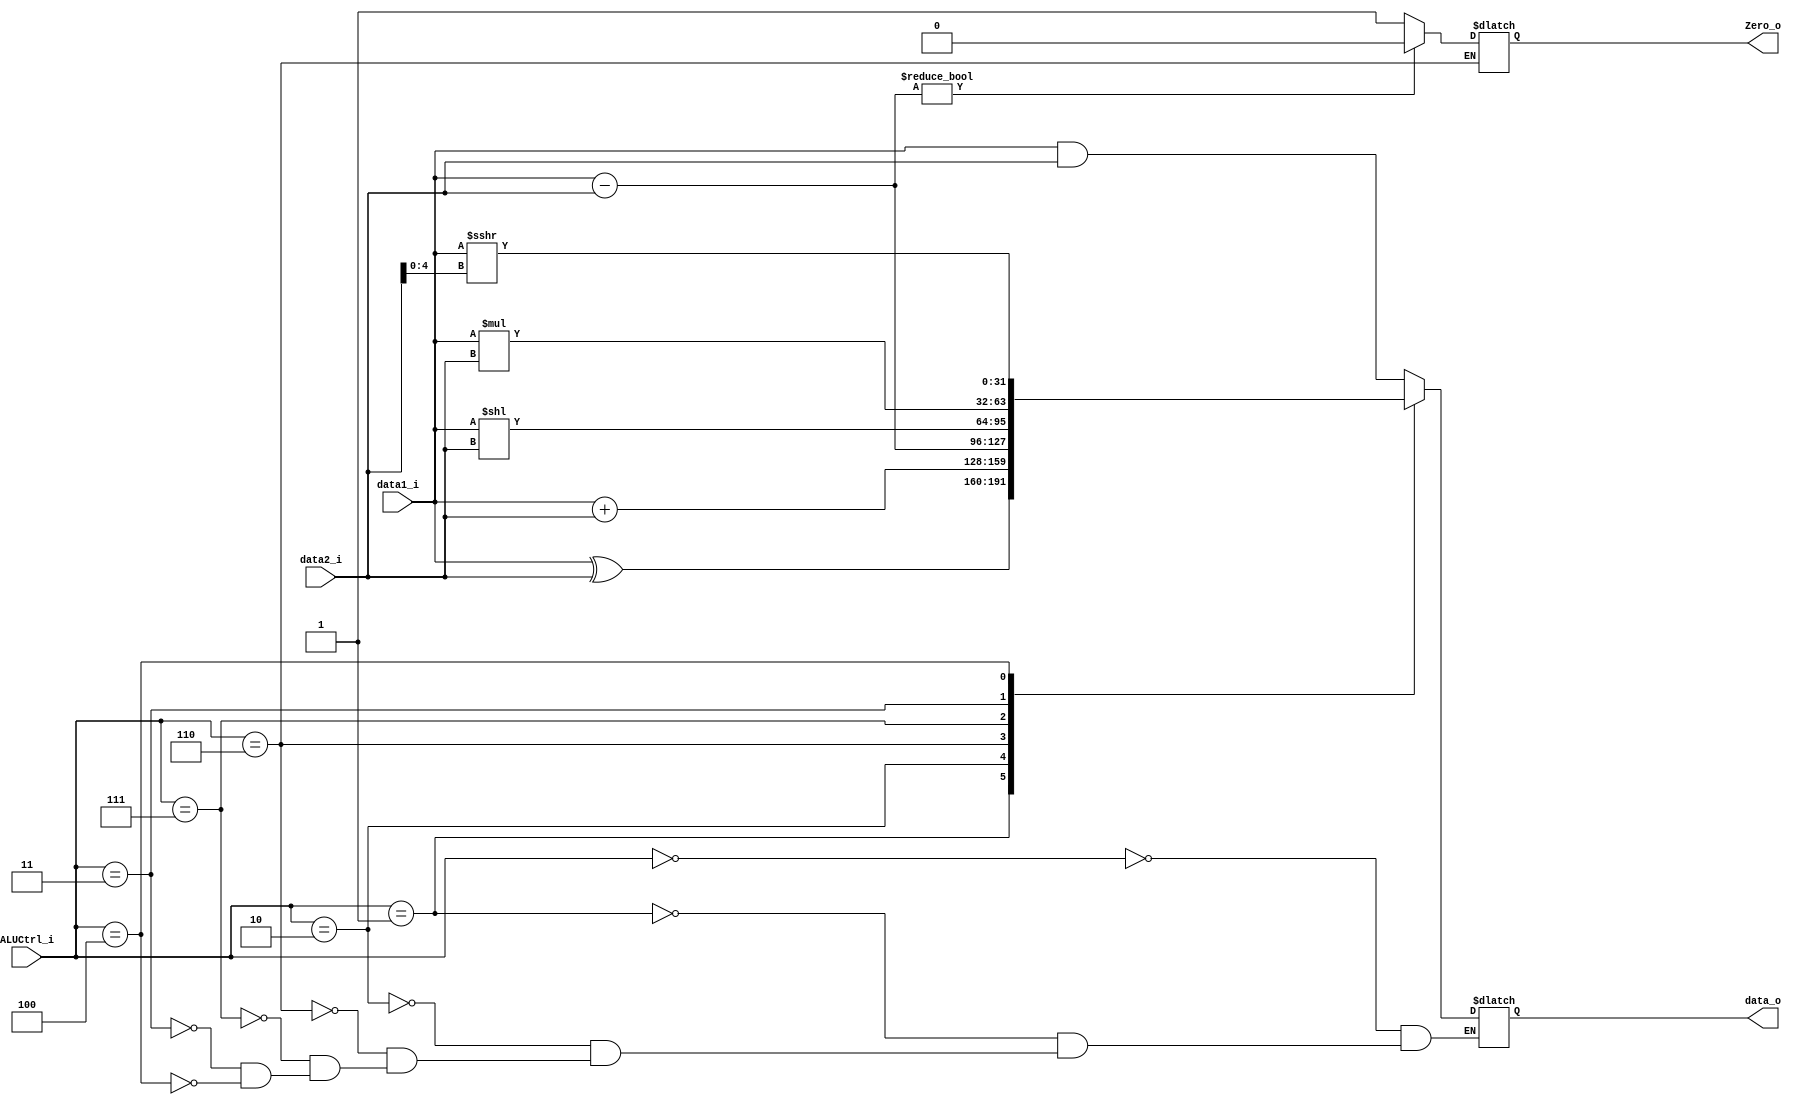
`define AND 3'b000
`define XOR 3'b001
`define ADD 3'b010
`define SUB 3'b110
`define SLL 3'b111
`define MUL 3'b011
`define SRAI 3'b100

module ALU
(
    data1_i,
    data2_i,
    ALUCtrl_i,
    data_o,
    Zero_o     
);

input signed [31:0] data1_i, data2_i;
input [2:0] ALUCtrl_i;
output [31:0] data_o;
reg [31:0] data;
reg Zero;
output Zero_o;
assign data_o=data;
assign Zero_o=Zero;

always @ (*) begin
    case(ALUCtrl_i)
        `AND:data=data1_i & data2_i;
        `XOR:data=data1_i ^ data2_i; 
        `ADD:data=data1_i + data2_i;
        `SUB:begin
            data=data1_i - data2_i;
            Zero=data?1'b0:1'b1;
        end
        `SLL:data=data1_i << data2_i;
        `MUL:data=data1_i * data2_i;
        `SRAI:data=data1_i >>> data2_i[4:0];
    endcase
end
endmodule